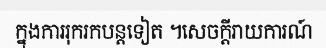
ក្នុងការរុករកបន្តទៀត ។សេចក្តីរាយការណ៍